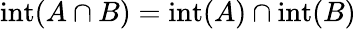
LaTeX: \operatorname{int}(A\cap B)=\operatorname{int}(A)\cap\operatorname{int}(B)